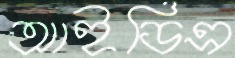
আইডিএ